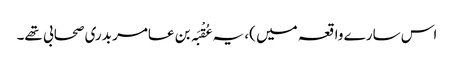
اس سارے واقعہ میں )، یہ عُقْبَہ بن عامر بدری صحابی تھے۔